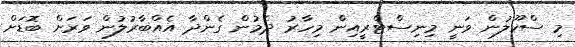
މި ސްކޫލުން ވަނީ މިނިސްޓްރީއިން މިހާރު ދެމުން ގެންދާ އެއްބާރުލުން ވަރަށް ބޮޑަށް